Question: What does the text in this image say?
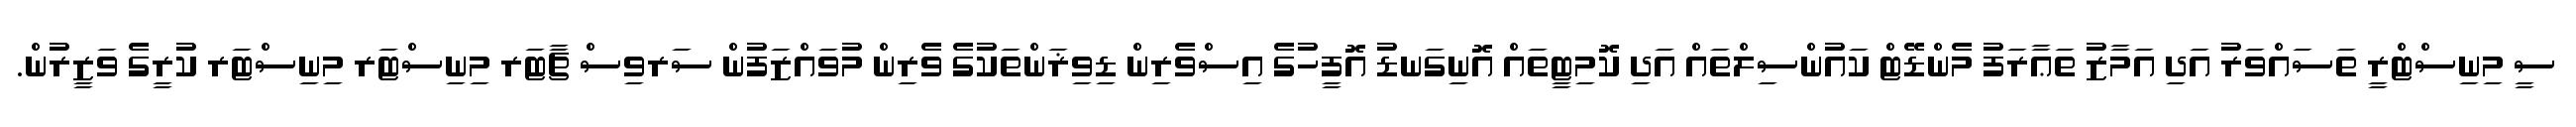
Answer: ސީ މިނިސްޓްރީ ތަސައްވަރު އަދި އަމާޒު ތަޢާރަފު މެންޑޭޓް ކައުންސިލްތައް އަދި ކޮމިޓީތައް އޮނިގަނޑު އޮފީހުގެ އިސްވެރިން ޑިވިޜަންތަކުގެ ވެރިން މުވައްޒަފުން ސަރވިސް ޗާޓަރ މިނިސްޓަރ މިނިސްޓަރ ކުރީގެ ވަޒީރުން.